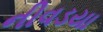
નીવડયા